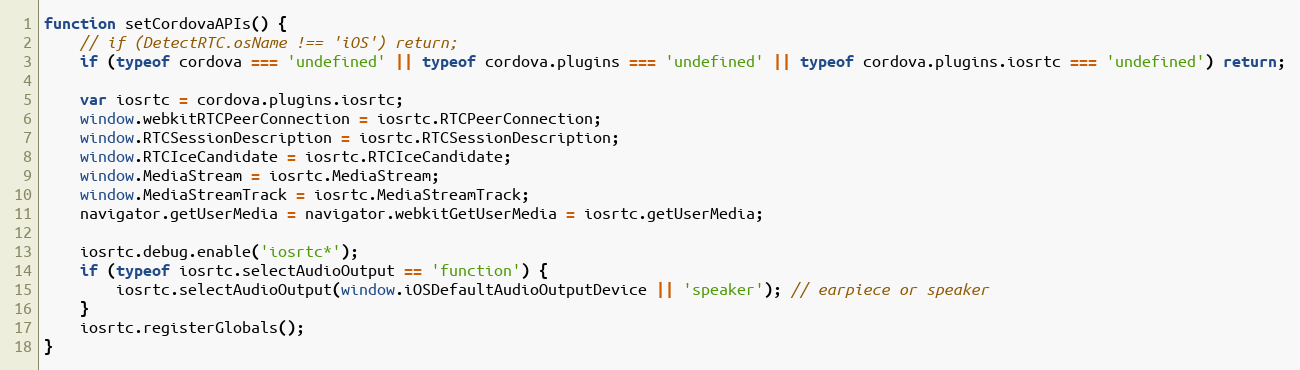
Language: JavaScript
function setCordovaAPIs() {
    // if (DetectRTC.osName !== 'iOS') return;
    if (typeof cordova === 'undefined' || typeof cordova.plugins === 'undefined' || typeof cordova.plugins.iosrtc === 'undefined') return;

    var iosrtc = cordova.plugins.iosrtc;
    window.webkitRTCPeerConnection = iosrtc.RTCPeerConnection;
    window.RTCSessionDescription = iosrtc.RTCSessionDescription;
    window.RTCIceCandidate = iosrtc.RTCIceCandidate;
    window.MediaStream = iosrtc.MediaStream;
    window.MediaStreamTrack = iosrtc.MediaStreamTrack;
    navigator.getUserMedia = navigator.webkitGetUserMedia = iosrtc.getUserMedia;

    iosrtc.debug.enable('iosrtc*');
    if (typeof iosrtc.selectAudioOutput == 'function') {
        iosrtc.selectAudioOutput(window.iOSDefaultAudioOutputDevice || 'speaker'); // earpiece or speaker
    }
    iosrtc.registerGlobals();
}